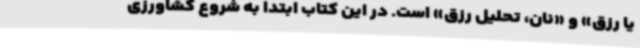
یا رزق» و «نان، تحلیل رزق» است. در این کتاب ابتدا به شروع کشاورزی